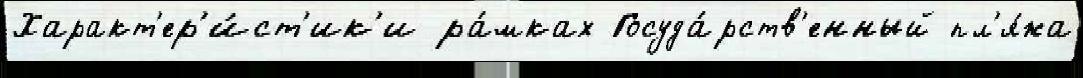
Характ'ер'и́ст'ик'и ра́мках Госуда́рств'енный пл'я́жа